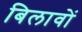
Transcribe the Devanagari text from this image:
बिलावों